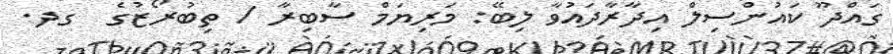
ގައްދޫ ކައުންސިލް އިދާރާދައުވާ ލިބޭ: މަރިޔަމް ސާބިރާ / ތިބުރޯޒުގެ  ގދ.